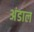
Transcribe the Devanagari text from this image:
अंडाल